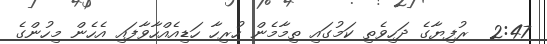
2:47  ރުފިޔާގެ ދަހިވެތި ކަމުގައި ތިމާމެން ހުރިހާ ހަޑިއެއްހާވާފައި އެހެން މިހުންގެ